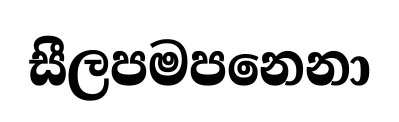
සීලපමපනෙනා